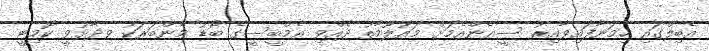
އެބިލްގައި ހިމަނާފައިވާއިރު ސީއެންއެމަށް މައުލޫމާތު ދެއްވި އެމްބީސީގެ ބޯޑު މެންބަރަކު ވިދާޅުވީ ކޮމިޓީ